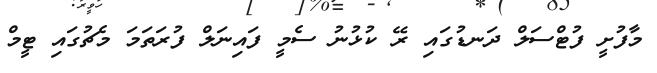
މާފުށީ ފުޓްސަލް ދަނޑުގައި ރޭ ކުޅުނު ސެމީ ފައިނަލް ފުރަތަމަ މެޗުގައި ޓީމް